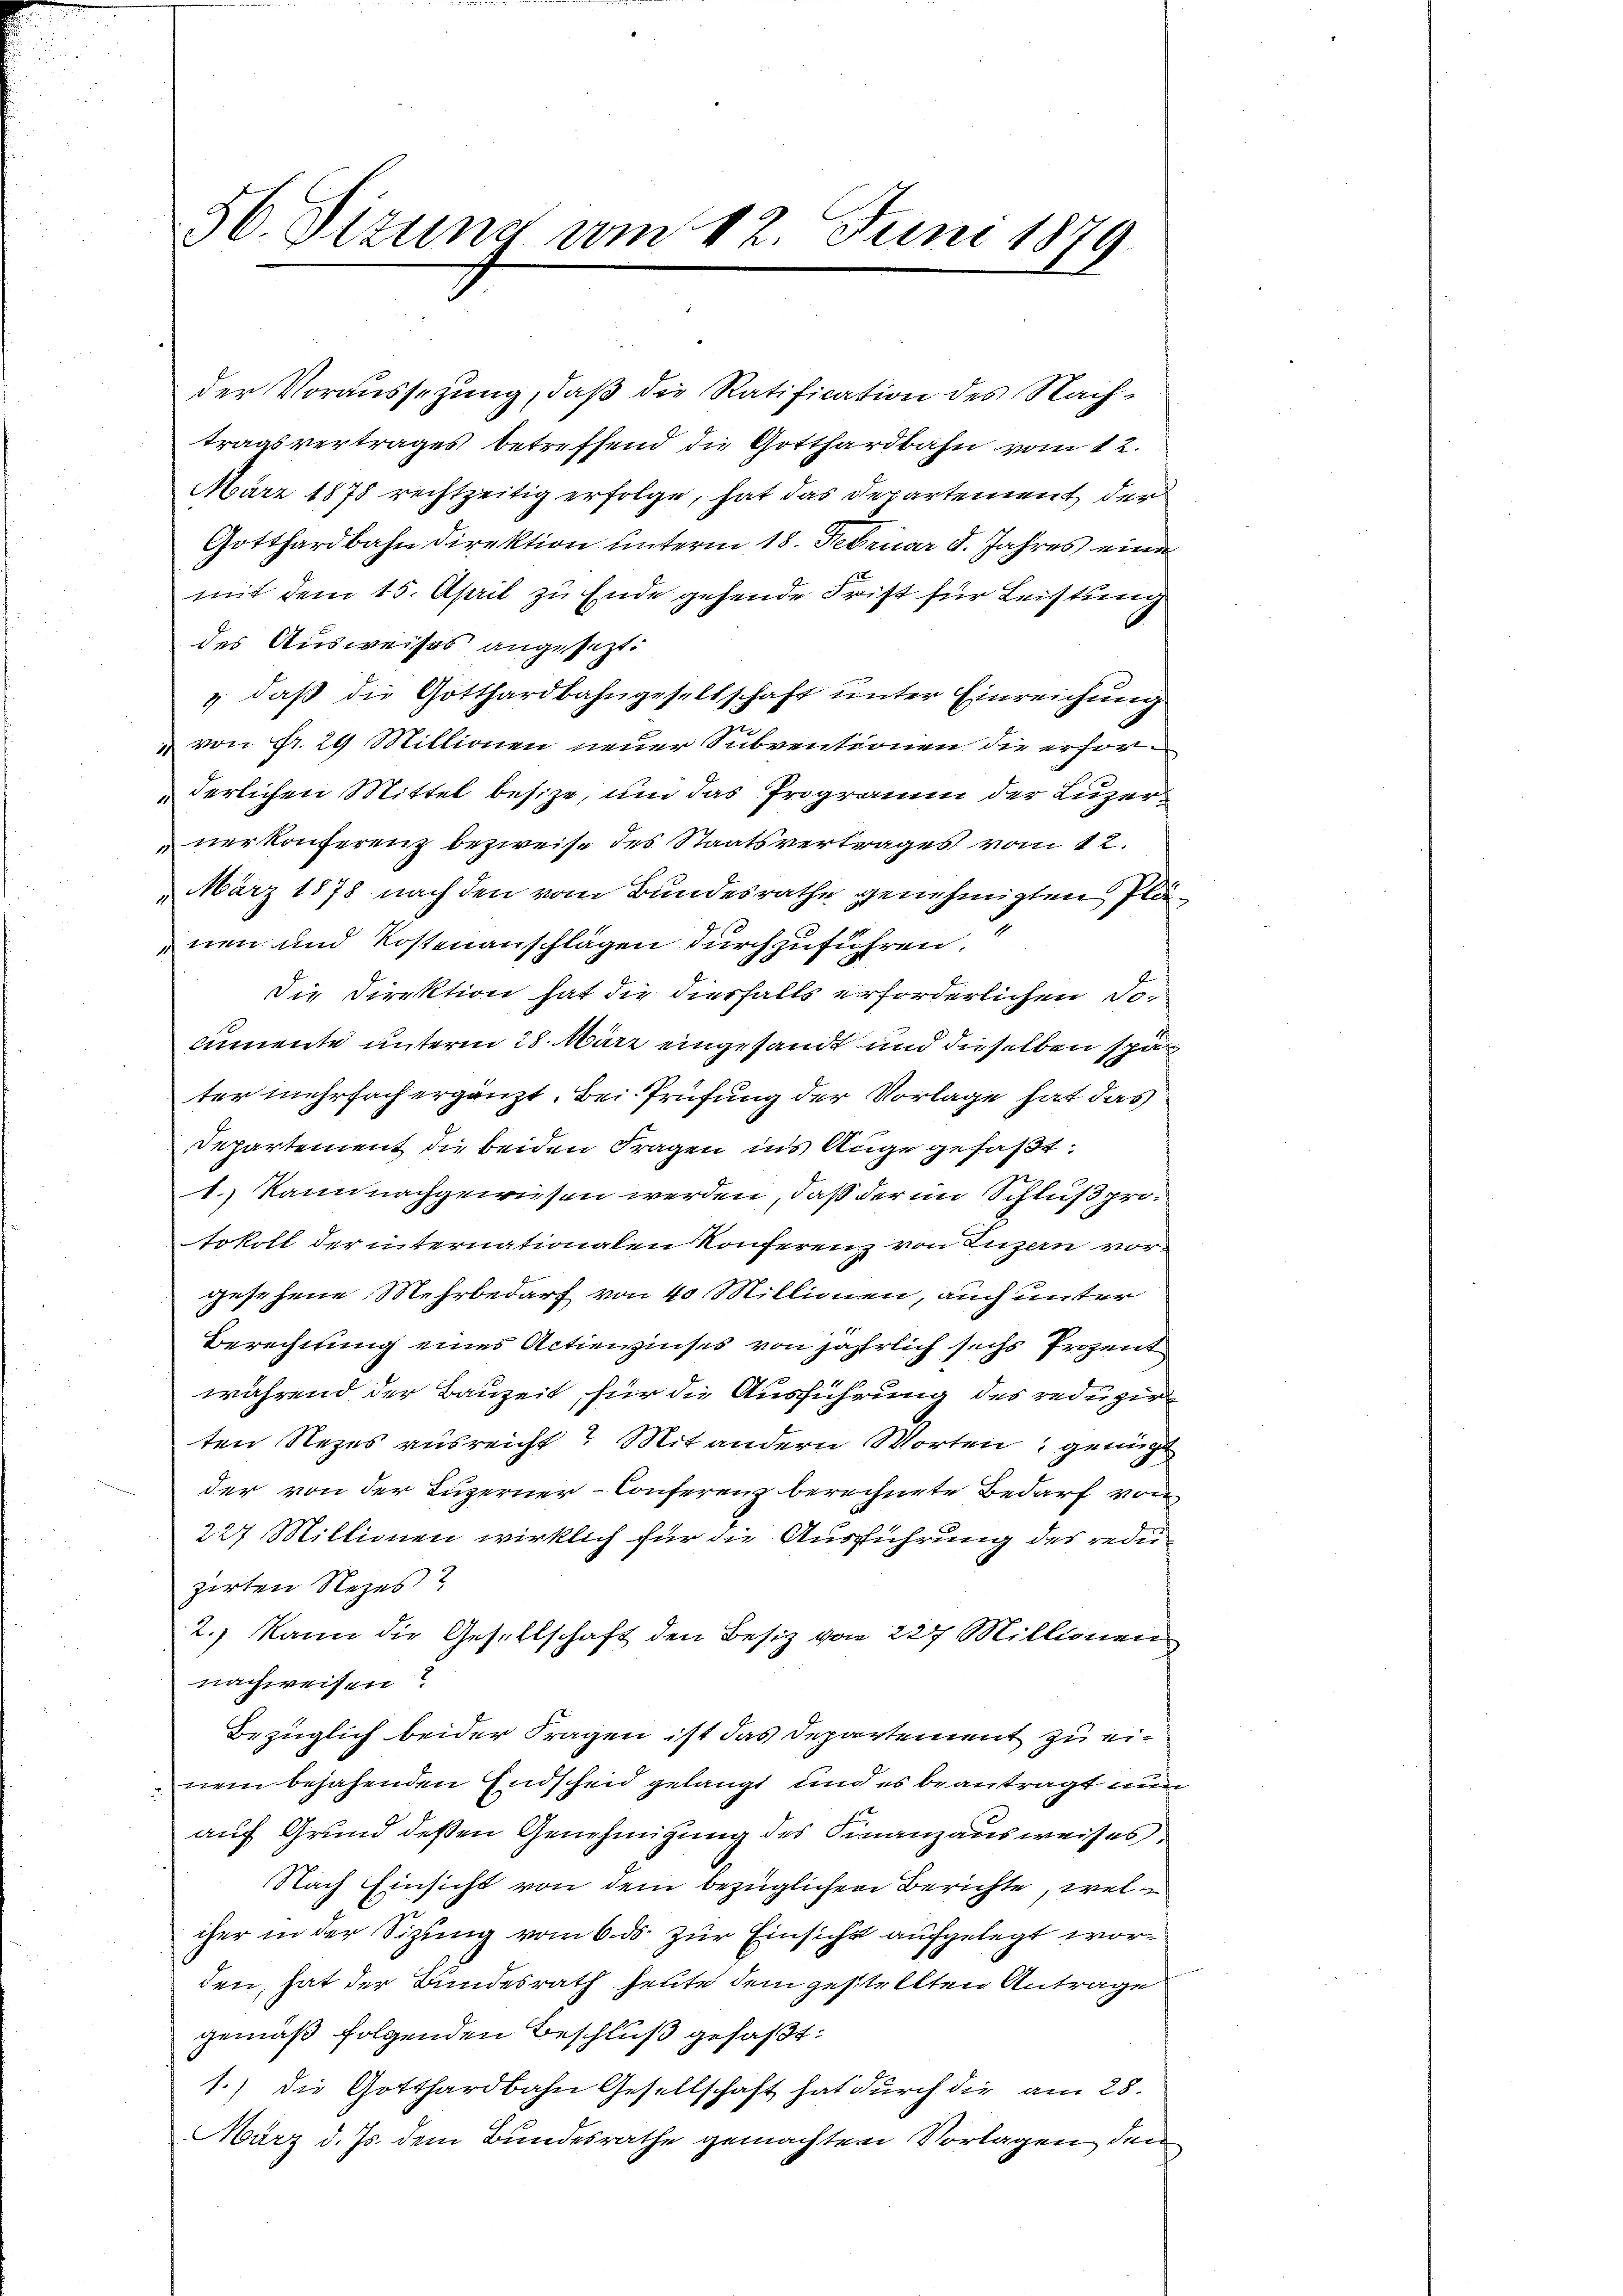
56. Sizung vom 12. Juni 1879.

tragsvertrages betreffend die Gotthardbahn vom 12.
März 1878 rechtzeitig erfolge, hat das Departement der
Gotthardbahn direktion unterm 18. Februar d. Jahres eine
mit dem 15. April zu Ende gehende Frist für Leistung
des Ausweises angesezt.
" daß die Gotthardbahngesellschaft unter Einreichung
 von Fr. 29 Millionen neuer Subventionen die erforderlichen Mittel besize, um das Programm der Luzernerkonferenz bezweife des Staatsvertrages vom 12.
März 1878 nach den vom Bundesrathe genehmigten, Plänen und Kostenanschlägen durchzuführen.
Die Direktion hat die Vierfalls erforderlichen Socumente unterm 28. März eingesandt und dieselben spär
ter mehrfach ergänzt. Bei Prüfung der Vorlage hat das
Departement die beiden Fragen ins Auge gefaßt:
1. kann nachgewiesen werden, daß der im Schluß protokoll der internationalen Konferenz von Luzern vorgesehene Mehrbedarf von 40 Millionen, auch unter
Berechnung eines Actienzinses von jährlich sechs Prozent
während der Bauzeit, für die Ausführung des reduzirten Rezes ausreicht? Mit andern Worten, genügt
der von der Luzerner-Conferenz berechnete Bedarf von
227 Millionen wirklich für die Ausführung des rediezirten Rezes?
2. kann die Gesellschaft den Besiz von 227 Millionen
nachweisen?
bezüglich beider Fragen ist das Departement zu einein bejahenden Endscheid gelangt und es beantragt nun
auf Grund deßen Genehmigung des Finanzausweises
Nach Einsicht von dem bezüglichen Berichte, weliher in der Sitzung vom 6. ds. zur Einsicht aufgelegt worden, hat der Bundesrath heute dem gestellten Antrage
gemäß folgenden Beschluß gefaßt:
1.) Die Gotthardbahn Gesellschaft hat durch die am 28.
März d. Js. dem Bundesrathe gemachten Vorlagen den

der Voraussetzung, daß die Ratification des Nach¬